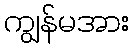
ကျွန်မအား